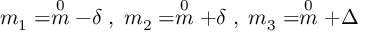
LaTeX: m _ { 1 } = \stackrel { 0 } { m } - \delta \; , \; m _ { 2 } = \stackrel { 0 } { m } + \delta \; , \; m _ { 3 } = \stackrel { 0 } { m } + \Delta